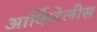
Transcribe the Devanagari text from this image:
आर्किटेलीस